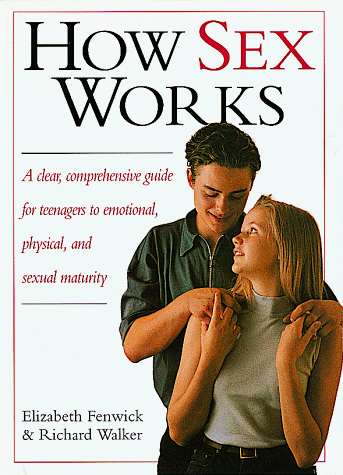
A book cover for How Sex Works; Elizabeth Fenwick; Teen & Young Adult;